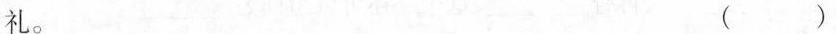
礼。（）